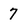
Character: 7